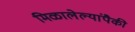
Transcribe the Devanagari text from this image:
मिळालेल्यांपैकी